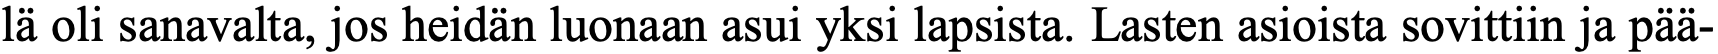
lä oli sanavalta, jos heidän luonaan asui yksi lapsista. Lasten asioista sovittiin ja pää-